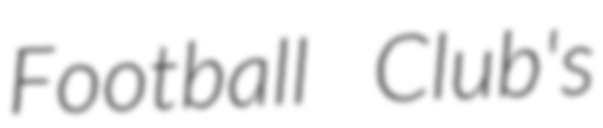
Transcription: Football Club's